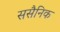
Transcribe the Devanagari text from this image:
ससैनिक